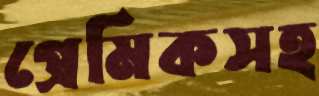
প্রেমিকসহ